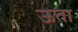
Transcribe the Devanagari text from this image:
ऊता